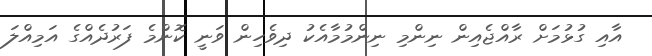
އާއި ގުޅުމަށް ރާއްޖެއިން ނިންމި ނިންމުމާއެކު ދިވެހިން ވަނީ ކޮންމެ ފަރުދެއްގެ އަމިއްލަ